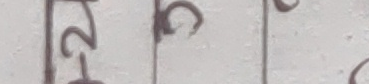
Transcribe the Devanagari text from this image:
२२८८